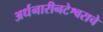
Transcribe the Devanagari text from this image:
अर्धनारीनटेश्वराचे